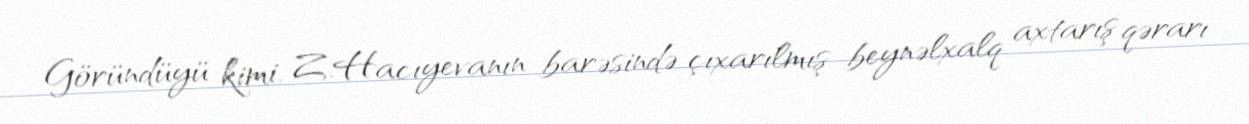
Göründüyü kimi, Z.Hacıyevanın barəsində çıxarılmış beynəlxalq axtarış qərarı